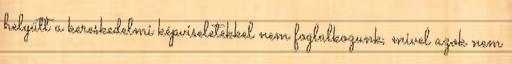
helyütt a kereskedelmi képviseletekkel nem foglalkozunk, mivel azok nem